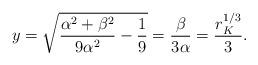
LaTeX: \begin{align*}y=\sqrt{\frac{\alpha^2+\beta^2}{9\alpha^2}-\frac{1}{9}}=\frac{\beta}{3\alpha}=\frac{r_K^{1/3}}{3}.\end{align*}